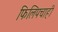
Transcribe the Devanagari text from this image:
फिलिपचाही